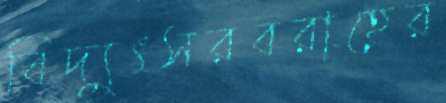
বিদ্যুৎসরবরাহের